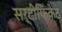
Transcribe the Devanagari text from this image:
सर्टीफिकेट